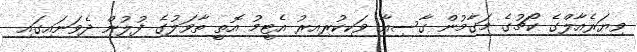
ވިޔަރެއާލްގެ ކޯޗުގެ މަގާމުން ގާސިއާ ވަކިކުރިއިރު އެޓީމު އޮތީ ތާވަލުގެ ފުލުން ދެވަނައިގައި